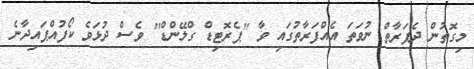
މިގޮތުން ދެފަރާތް ނުވަތަ އެއްފަރާތުގައި ވާ ''ޕެރޮޓިޑް ގްލޭންޑް'' ވެސް ދުޅަވެ ކޯފުއްޕައިދާނެ